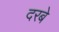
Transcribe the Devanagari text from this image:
दरबे